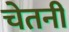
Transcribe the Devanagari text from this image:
चेतनी